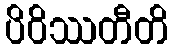
ပိဝိဿတီတိ